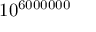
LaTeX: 1 0 ^ { 6 0 0 0 0 0 0 }